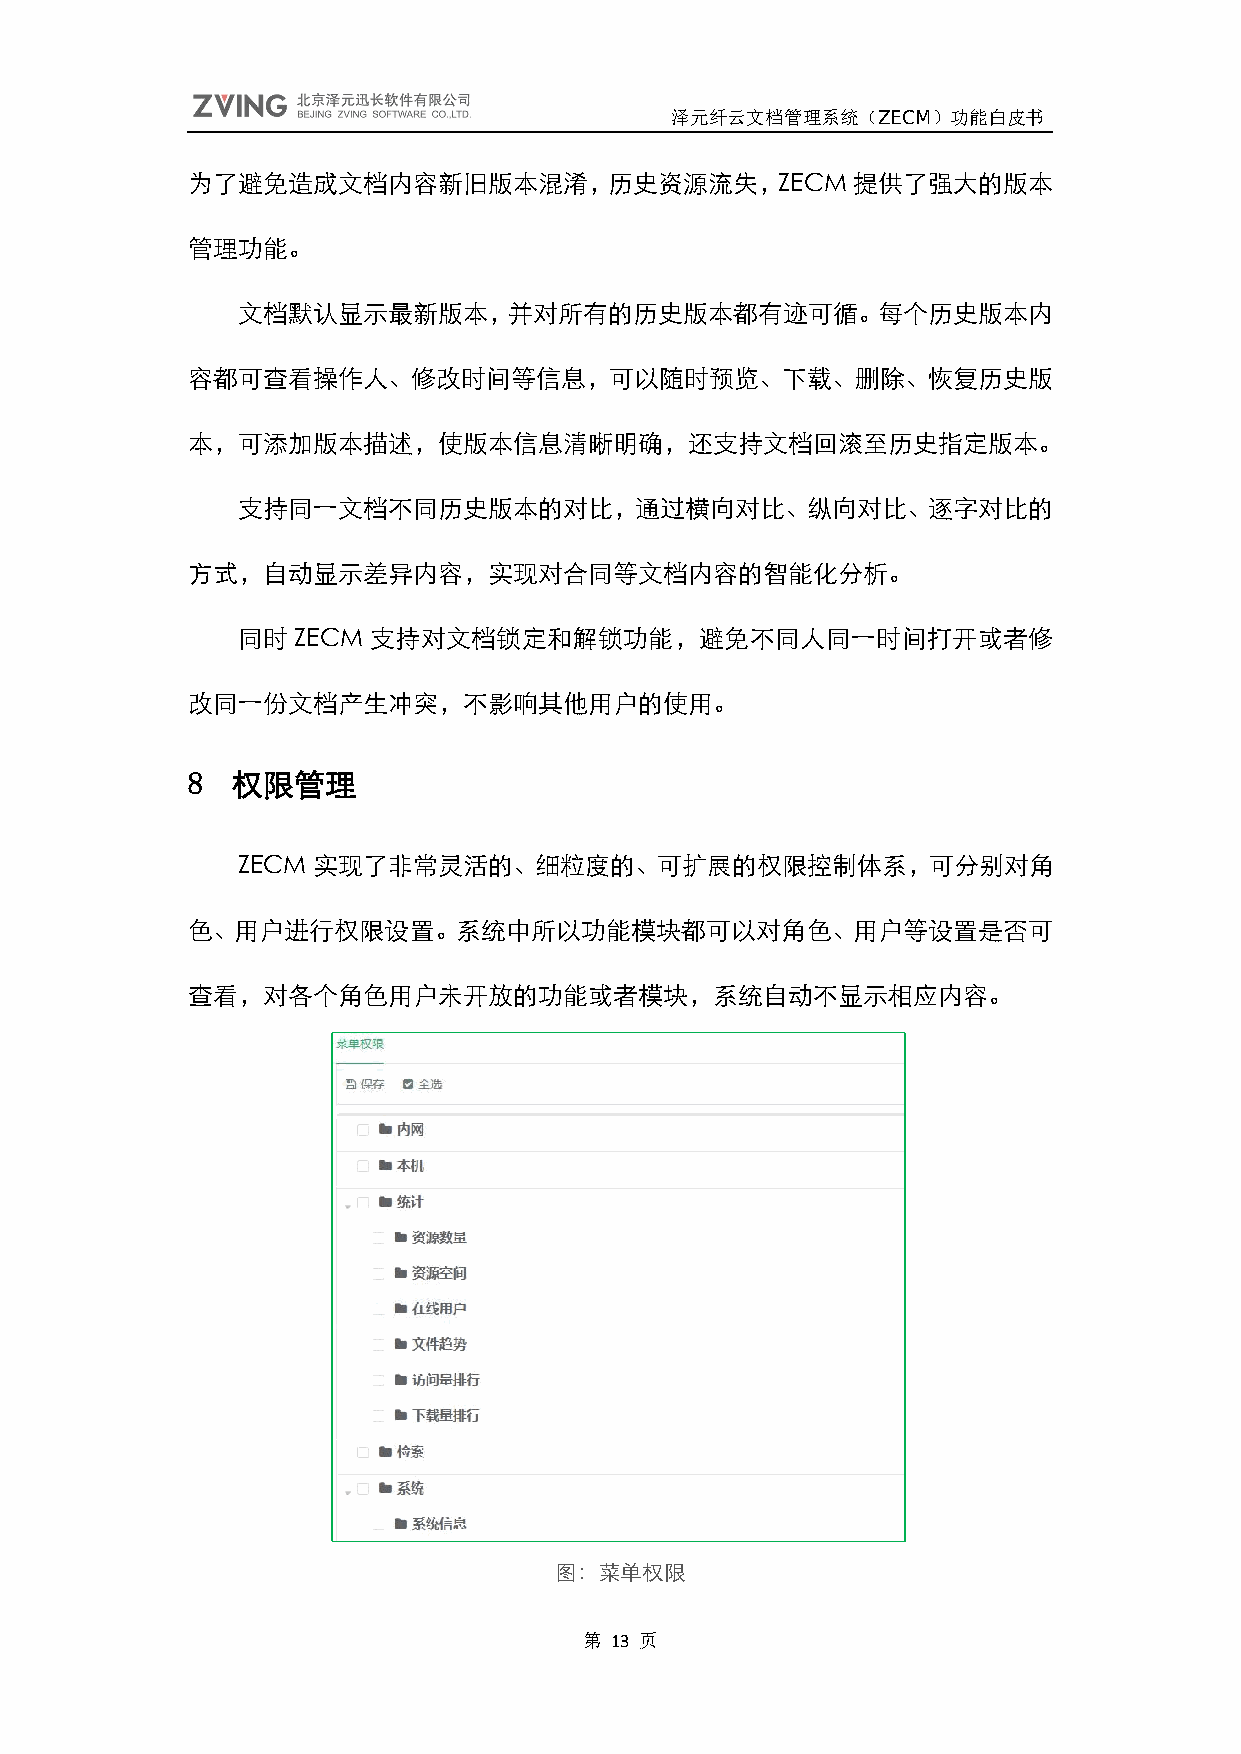
泽元纤云文档管理系统（ZECM）功能白皮书
 为了避免造成文档内容新旧版本混淆，历史资源流失，ZECM                提供了强大的版本
 管理功能。
 文档默认显示最新版本，并对所有的历史版本都有迹可循。每个历史版本内
 容都可查看操作人、修改时间等信息，可以随时预览、下载、删除、恢复历史版
 本，可添加版本描述，使版本信息清晰明确，还支持文档回滚至历史指定版本。
 支持同一文档不同历史版本的对比，通过横向对比、纵向对比、逐字对比的
 方式，自动显示差异内容，实现对合同等文档内容的智能化分析。
 同时 ZECM 支持对文档锁定和解锁功能，避免不同人同一时间打开或者修
 改同一份文档产生冲突，不影响其他用户的使用。
 8  权限管理
 ZECM 实现了非常灵活的、细粒度的、可扩展的权限控制体系，可分别对角
 色、用户进行权限设置。系统中所以功能模块都可以对角色、用户等设置是否可
 查看，对各个角色用户未开放的功能或者模块，系统自动不显示相应内容。
 图：菜单权限
 第 13 页